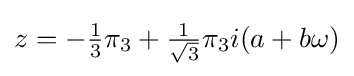
z=-{\tfrac {1}{3}}\pi _{3}+{\tfrac {1}{\sqrt {3}}}\pi _{3}i(a+b\omega )